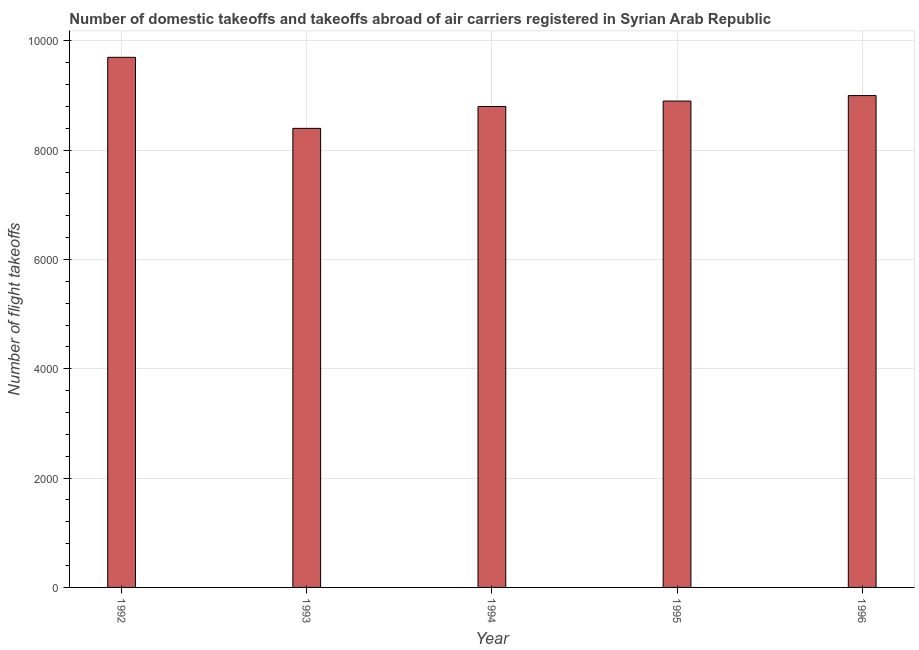
| Year | Air transport |
 | --- | --- |
 | 1992 | 9.7e+03 |
 | 1993 | 8.4e+03 |
 | 1994 | 8.8e+03 |
 | 1995 | 8.9e+03 |
 | 1996 | 9e+03 |